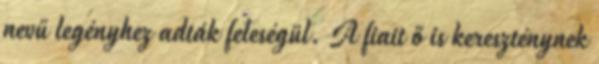
nevű legényhez adták feleségül. A fiait ő is kereszténynek